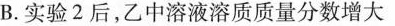
B.实验2后，乙中溶液溶质质量分数增大